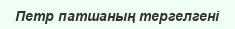
Петр патшаның тергелгені